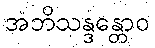
အဘိသန္ဒန္တောဝ